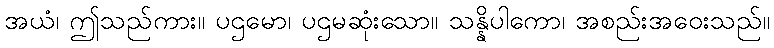
အယံ၊ ဤသည်ကား။ ပဌမော၊ ပဌမဆုံးသော။ သန္နိပါကော၊ အစည်းအဝေးသည်။